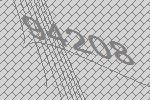
94208